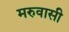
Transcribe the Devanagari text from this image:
मरुवासी